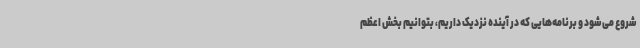
شروع می‌شود و برنامه‌هایی که در آینده نزدیک داریم، بتوانیم بخش اعظم